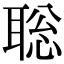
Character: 聡